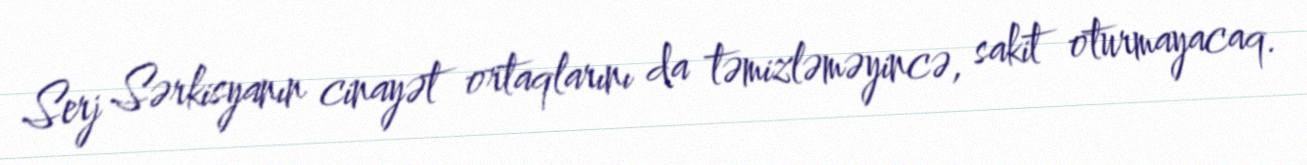
Serj Sərkisyanın cinayət ortaqlarını da təmizləməyincə, sakit oturmayacaq.